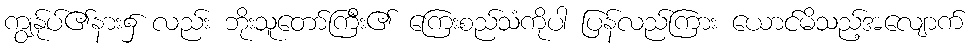
ကျွန်ုပ်၏နား၌ လည်း ဘိုးသူတော်ကြီး၏ ကြေးစည်သံကိုပါ ပြန်လည်ကြား ယောင်မိသည့်အလျောက်